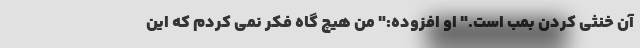
آن خنثی کردن بمب است." او افزوده:" من هیچ گاه فکر نمی کردم که این